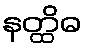
နတ္ထိဓ